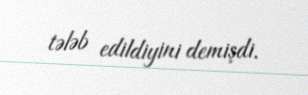
tələb edildiyini demişdi.